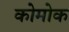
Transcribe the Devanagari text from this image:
कोमोक